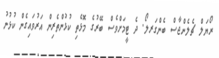
ރޯޔަލް ޗެލެންޖާސް ބެންގަރލޯ. ދެ ޓީމަށްވެސް ބޭރުގެ މޮޅެތި ކުޅުންތެރިން އަރުވައިގެން ކުޅުނު